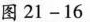
图21-16